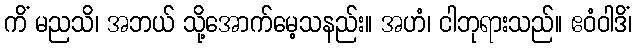
ကိံ မညသိ၊ အဘယ် သို့အောက်မေ့သနည်း။ အဟံ၊ ငါဘုရားသည်။ ဧဝံဝါဒိံ၊